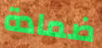
ضمادة